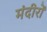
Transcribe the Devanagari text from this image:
मंदीरों